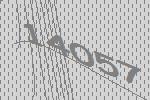
14057